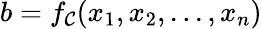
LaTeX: b=f_{\mathcal{C}}(x_{1},x_{2},...,x_{n})